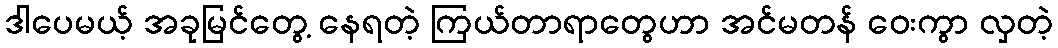
ဒါပေမယ့် အခုမြင်တွေ့ နေရတဲ့ ကြယ်တာရာတွေဟာ အင်မတန် ဝေးကွာ လှတဲ့